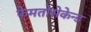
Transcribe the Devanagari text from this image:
फेमतोसेकेन्‍ड